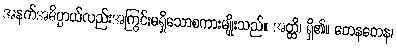
အနက်အဓိပ္ပာယ်လည်းအကြွင်းမရှိသောစကားမျိုးသည်။ အတ္ထိ၊ ရှိ၏။ တေနတေန၊